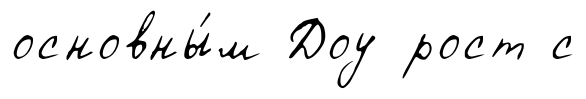
основны́м Доу рост с